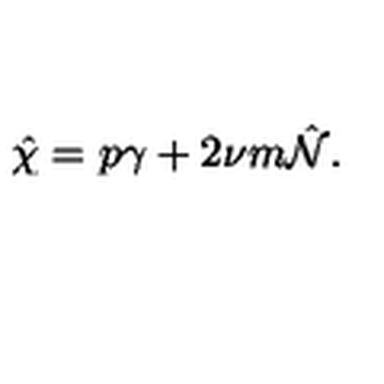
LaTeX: \hat { \chi } = p \gamma + 2 \nu m \hat { { \cal N } } .